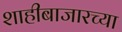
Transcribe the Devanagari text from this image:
शाहीबाजारच्या